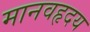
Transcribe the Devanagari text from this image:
मानवहृदय